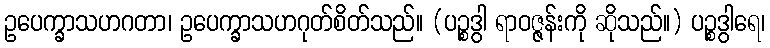
ဥပေက္ခာသဟဂတာ၊ ဥပေက္ခာသဟဂုတ်စိတ်သည်။ (ပဉ္စဒွါ ရာဝဇ္ဇန်းကို ဆိုသည်။) ပဉ္စဒွါရေ၊